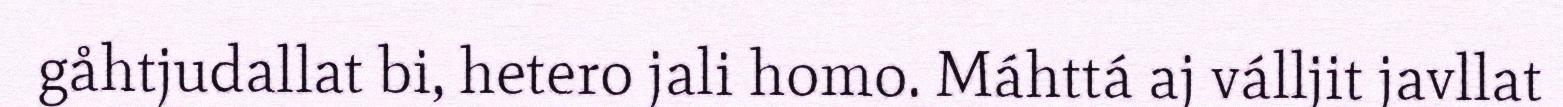
gåhtjudallat bi, hetero jali homo. Máhttá aj válljit javllat